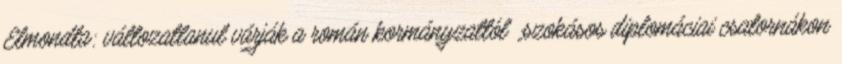
Elmondta: változatlanul várják a román kormányzattól „szokásos diplomáciai csatornákon